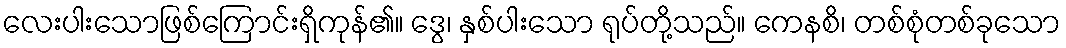
လေးပါးသောဖြစ်ကြောင်းရှိကုန်၏။ ဒွေ၊ နှစ်ပါးသော ရုပ်တို့သည်။ ကေနစိ၊ တစ်စုံတစ်ခုသော